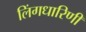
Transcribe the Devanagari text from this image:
लिंगधारिणी